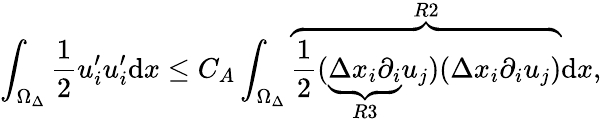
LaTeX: \int_{\Omega_{\Delta}}\frac{1}{2}u_{i}^{\prime}u_{i}^{\prime}\mathrm{d}x\leq C_{A}\int_{\Omega_{\Delta}}\overbrace{\frac{1}{2}(\underbrace{\Delta x_{i}\partial_{i}}_{R3}u_{j})(\Delta x_{i}\partial_{i}u_{j})}^{R2}\mathrm{d}x,